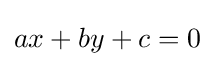
ax+by+c=0